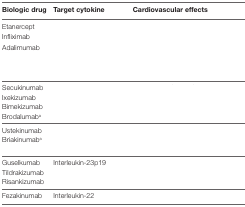
<table><thead><tr><td><b>Biologic drug</b></td><td><b>Target cytokine</b></td><td><b>Cardiovascular effects</b></td></tr></thead><tbody><tr><td>Etanercept</td><td rowspan="3">[EMPTY_CELL]</td><td rowspan="3">[EMPTY_CELL]</td></tr><tr><td>Infliximab</td></tr><tr><td>Adalimumab</td></tr><tr><td>Secukinumab</td><td rowspan="4">[EMPTY_CELL]</td><td rowspan="4">[EMPTY_CELL]</td></tr><tr><td>Ixekizumab</td></tr><tr><td>Bimekizumab</td></tr><tr><td>Brodalumab<sup>a</sup></td></tr><tr><td>Ustekinumab</td><td rowspan="2">[EMPTY_CELL]</td><td rowspan="2">[EMPTY_CELL]</td></tr><tr><td>Briakinumab<sup>a</sup></td></tr><tr><td>Guselkumab</td><td rowspan="3">Interleukin-23p19</td><td rowspan="3">[EMPTY_CELL]</td></tr><tr><td>Tildrakizumab</td></tr><tr><td>Risankizumab</td></tr><tr><td>Fezakinumab</td><td>Interleukin-22</td><td>[EMPTY_CELL]</td></tr></tbody></table>